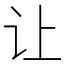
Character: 让